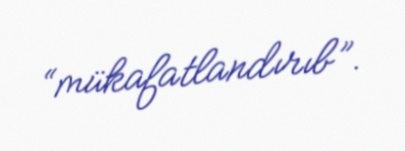
“mükafatlandırıb”.